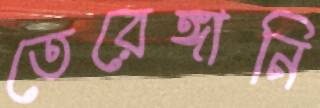
তেরেঙ্গানি